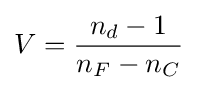
V={\frac {n_{d}-1}{n_{F}-n_{C}}}